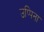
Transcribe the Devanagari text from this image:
उप्पिना